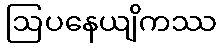
ဩပနေယျိကဿ